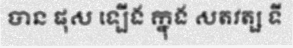
បាន ផុស ឡើង ក្នុង សតវត្ស ទី